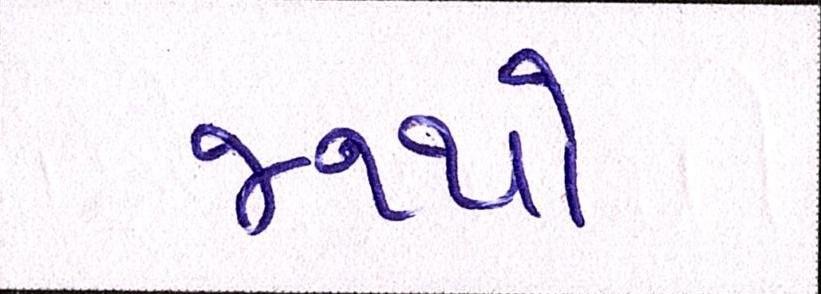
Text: જથ્થો